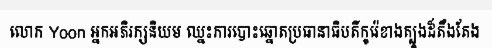
លោក Yoon អ្នកអភិរក្សនិយម ឈ្នះការបោះឆ្នោតប្រធានាធិបតីកូរ៉េខាងត្បូងដ៏តឹងតែង